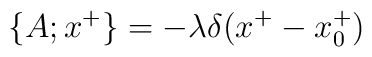
\{A; x^{+} \}=- \lambda \delta(x^{+}-x^{+}_{0})